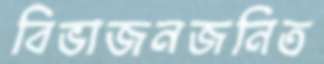
বিভাজনজনিত